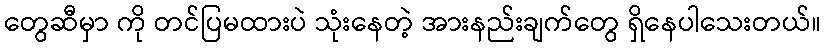
တွေဆီမှာ ကို တင်ပြမထားပဲ သုံးနေတဲ့ အားနည်းချက်တွေ ရှိနေပါသေးတယ်။